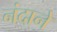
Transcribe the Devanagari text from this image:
नंदाने